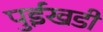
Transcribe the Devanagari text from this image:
पुईखडी